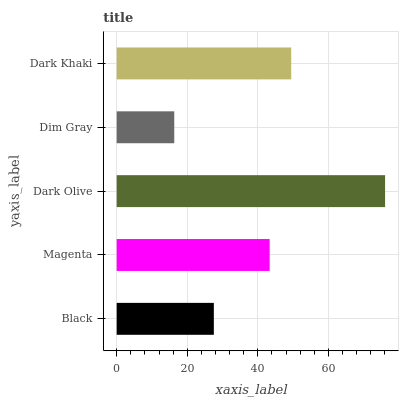
| yaxis_label | bars |
 | --- | --- |
 | Black | 27.5 |
 | Magenta | 43.3 |
 | Dark Olive | 76 |
 | Dim Gray | 16.3 |
 | Dark Khaki | 49.4 |